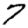
Digit: 7